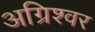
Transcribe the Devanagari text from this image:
अग्रिश्वर